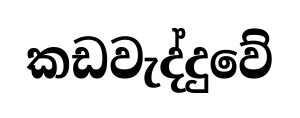
කඩවැද්දුවේ